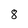
Character: 8